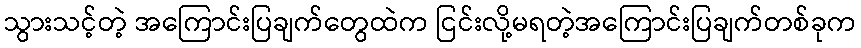
သွားသင့်တဲ့ အကြောင်းပြချက်တွေထဲက ငြင်းလို့မရတဲ့အကြောင်းပြချက်တစ်ခုက